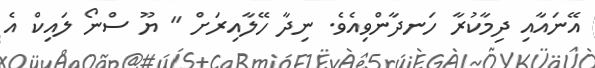
އޭނައާއި ދިމާކުރާ ހަނދާންވިއެވެ. ނިދާ ހޭލާއިރަށް " ޔޫ ސްނޯ ލައިކް އެ